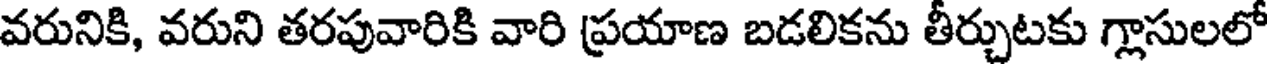
వరునికి, వరుని తరపువారికి వారి ప్రయాణ బడలికను తీర్చుటకు గ్లాసులలో